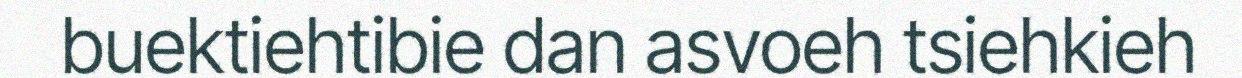
buektiehtibie dan asvoeh tsiehkieh